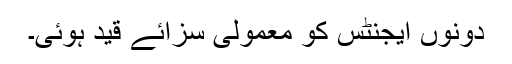
دونوں ایجنٹس کو معمولی سزائے قید ہوئی۔